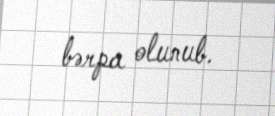
bərpa olunub.